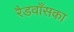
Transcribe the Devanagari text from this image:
रैडवाँसका